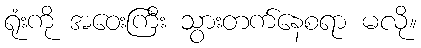
ရုံးကို အဝေးကြီး သွားတက်နေစရာ မလို။